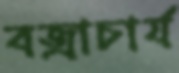
বজ্রাচার্য